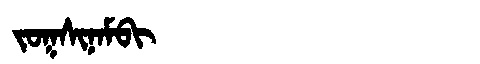
Manchu: ᠵᠣᡴᠰᡳᠨᠠᠮᠪᡳ
Romanization: JOKSINAMBI